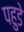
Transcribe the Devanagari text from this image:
पहुडे